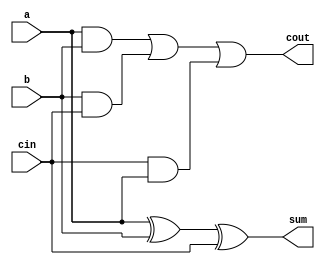
module rca_1b(
                   a,
                   b,
                   cin,
                   cout,
                   sum
                   );

input a, b;
input cin;
output sum;
output cout;

assign sum = a ^ b ^ cin;
assign cout = a&b | b&cin | cin&a;
endmodule